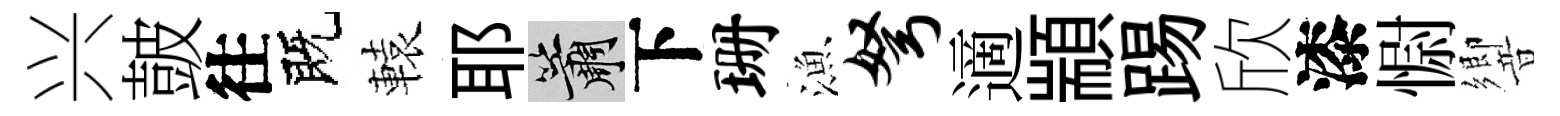
兴皷往既轅耶簫下珊漁弩適顓踢欣漆𢠢響